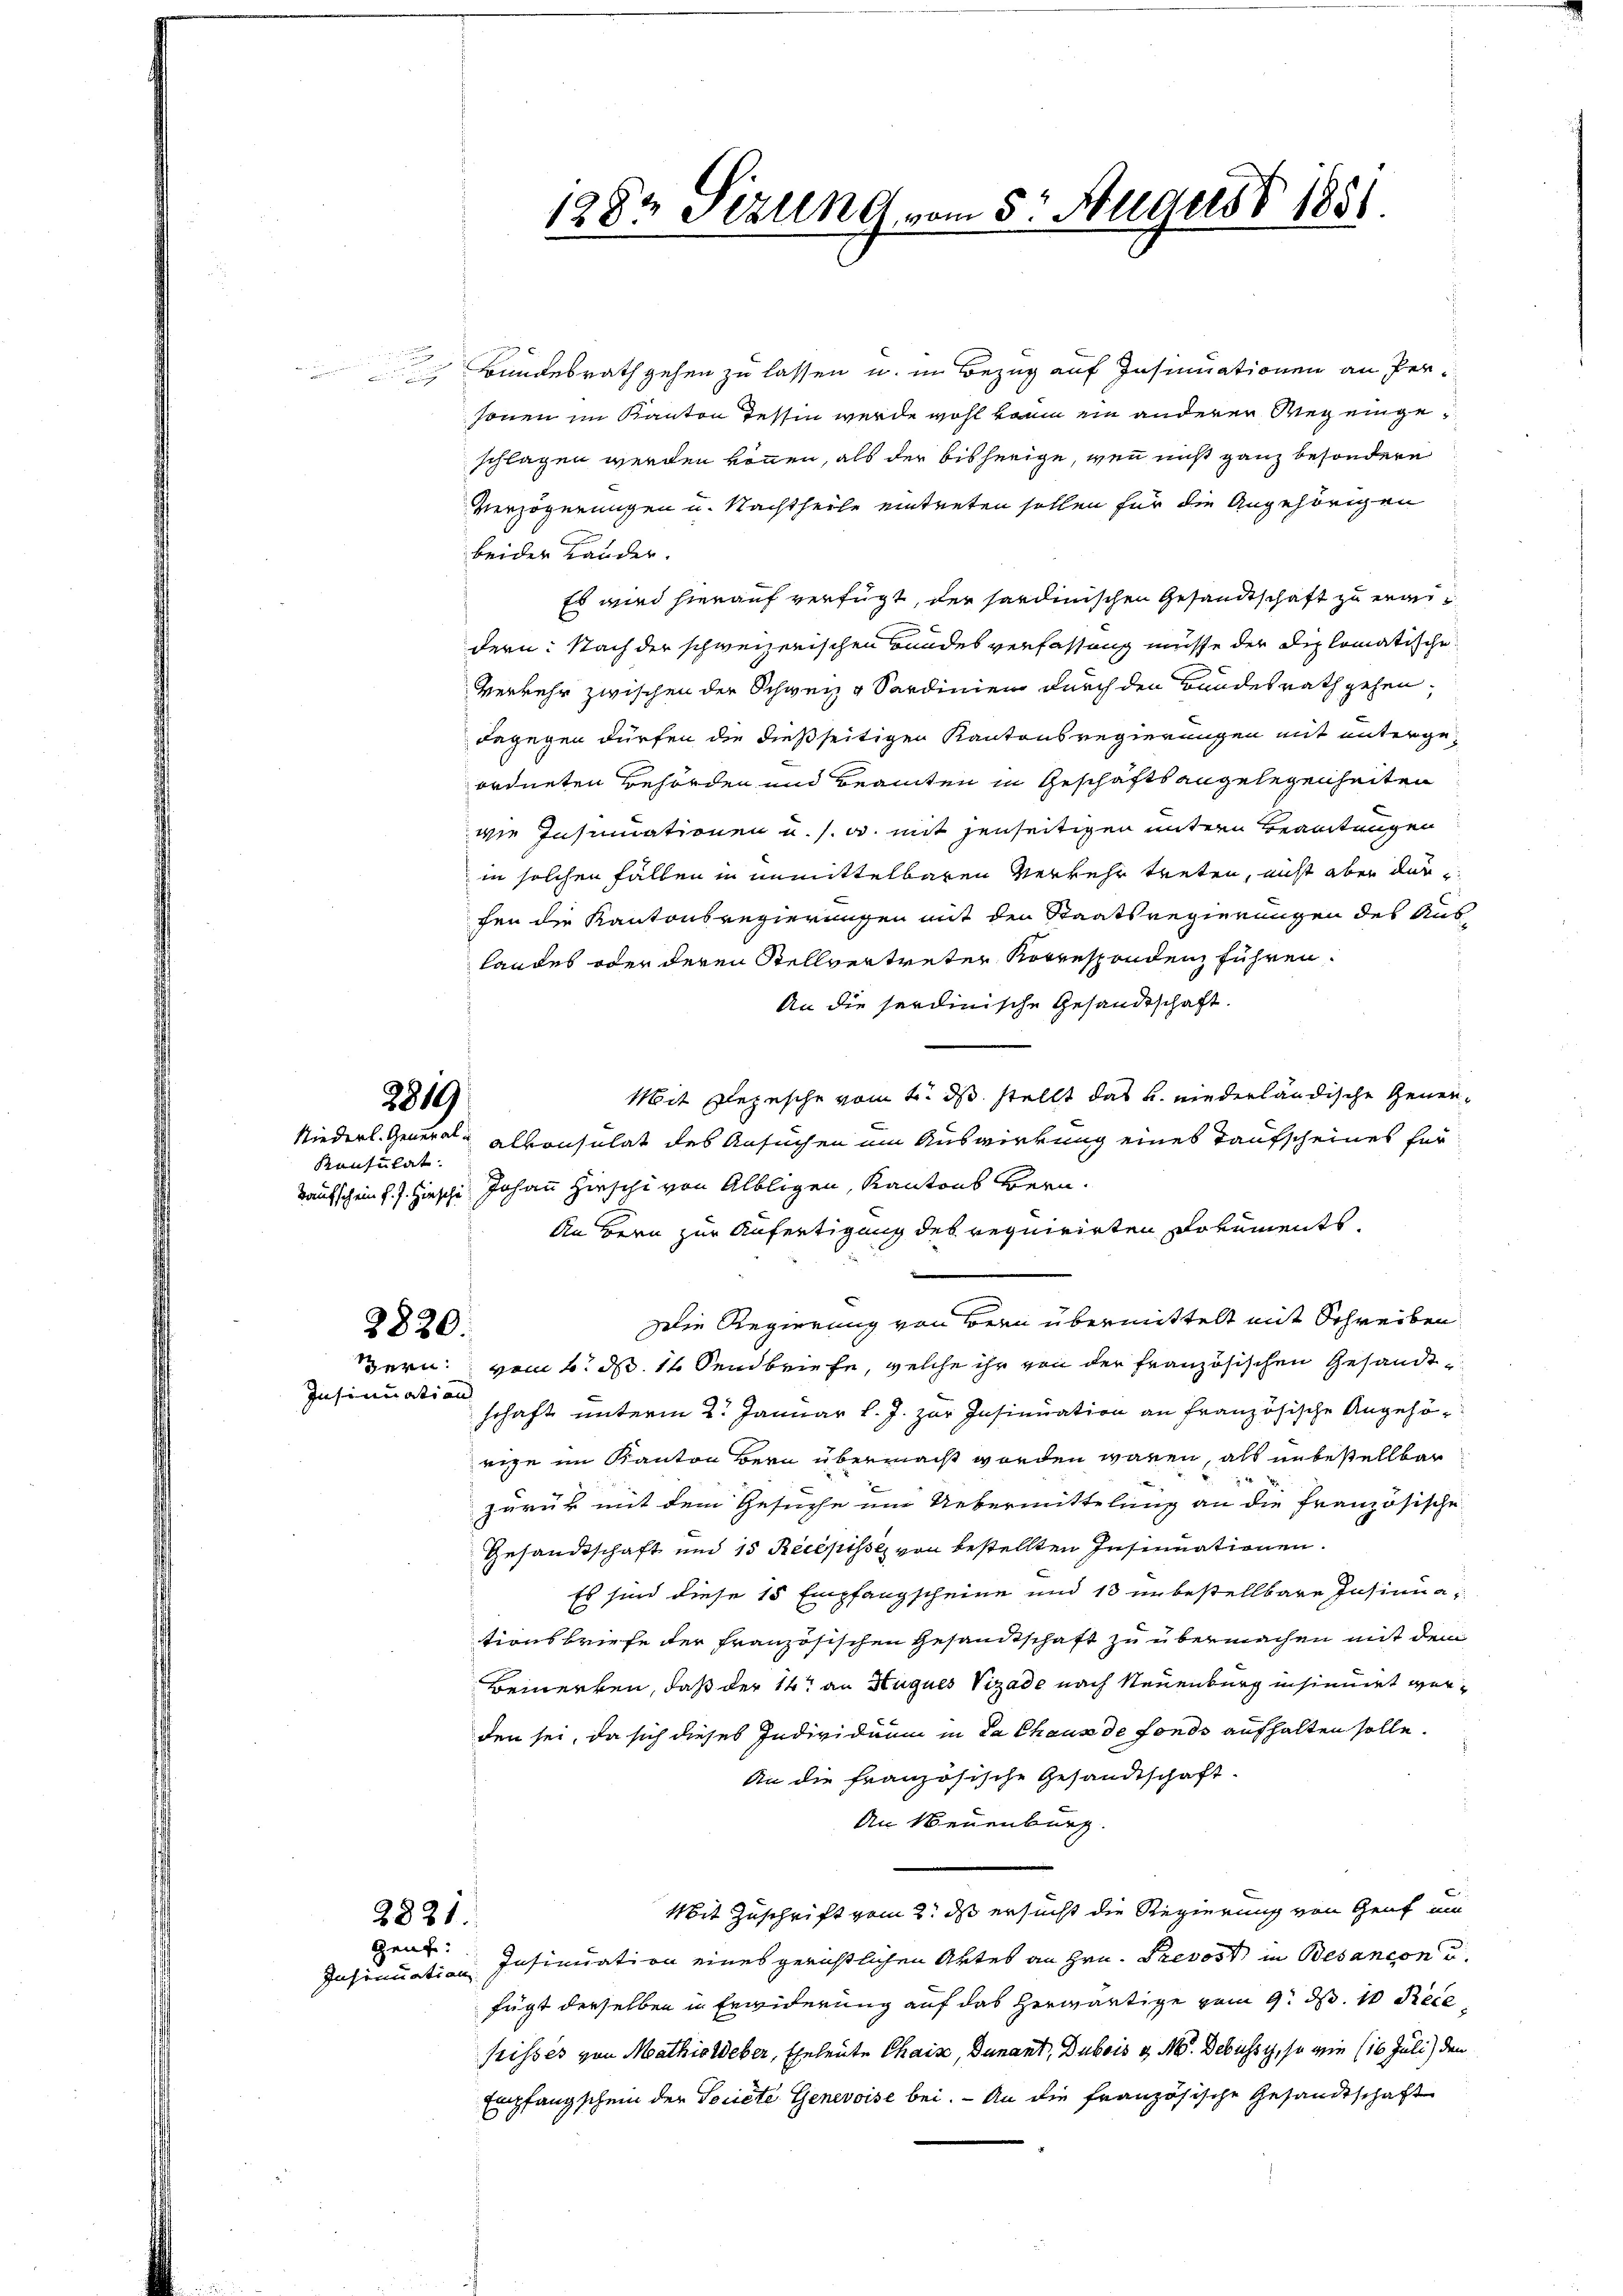
2819

Konsulat

2820.
Insinuation

Bundesrath gehen zu lassen u. in Bezug auf Insinuationen an Personen im Kanton Tessin werde wohl kann ein anderer Weg eingeschlagen werden können, als der bisherige, wenn nicht ganz besondere
Verzögerungen u. Nachtheile eintreten sollen für die Angehörigen
beider Lander.
Es wird hierauf verfügt, der sardinischen Gesandtschaft zu erdern: Nach der schweizerischen Bundesverfassung müsse der Diplomatische
Verkehr zwischen der Schweiz g Sardinien durch den Bundesrath gehen,
dagegen dürfen die dießseitigen Kantonsregierungen mit untergeordneten Behörden und Beamten in Geschäfts angelegenheiten
wie Insumationen u. s. u. mit jenseitigen untern Beamtungen
in solchen Fällen in unmittelbaren Verkehr treten, nicht aber dur
cen die Kantonsregierungen mit den Staatsregierungen des Auslandes oder deren Stellvertreter Korrespondenz führen.
An die sardinische Gesandtschaft.
Mit Depesche vom 1. ds. stellt das u. niederländische Gener¬
Niederl. General- alkonsulat des Ansuchen um Auswirkung eines Taufscheines für
Taufschein v. J. Hinsche Johann hieschi von Albligen, Kantons Bern.
An Bern zur Anfertigung des requirirten Dokuments¬
Die Regierung von Bern übermittelt mit Schreiben
Bern vom 6. d. 14 Sendbriefe, welche ihr von der französischen Gesandtschaft unterm 2. Januar l. J. zur Insinuation an französische Angehörige im Kanton Bern übermacht worden wären, als unbestellbar
zurück mit dem Gesuche um Uebermittelung an die französische
Gesandtschaft und 15 Recepisse von bestellten Insinuationen.
Es sind diese 15 Empfangscheine und 13 unbestellbare Insinuationsbriefe der französischen Gesandtschaft zu übermachen mit dem
Bemerken, daß der 14t an Huques Vizade nach Neuenburg insinnet werden sei, da sich dieses Individuum in da Chaus de fonds aufhalten solle.
An die französische Gesandtschaft.
An Neuenburg
Mit Zuschrift vom 2. ds ersucht die Regierung von Genf im
Grab. Insinuation eines gerichtlichen Aktes an Hrn. Prevost, in Besancon u.
fügt derselben in Erwiderung auf das herwärtige vom 9. d. 10 Rece
frisses von Mathis Weber, Eheleute Chais, Dunant, Dubois v. M. Debüssy, so wie (16 Juli) den
Empfangschein der Societe Genevoise bei. - An die französische Gesandtschaft

2821.
Insinuation

1282 Sizung vom 5. August 1881